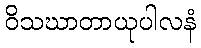
ဝိသဃာတာယုပါလနံ